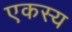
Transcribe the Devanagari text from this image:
एकस्य